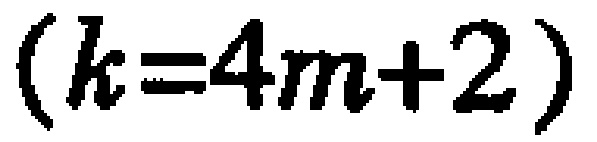
\((k = 4m + 2)\)